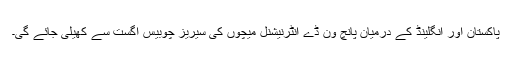
پاکستان اور انگلینڈ کے درمیان پانچ ون ڈے انٹرنیشنل میچوں کی سیریز چوبیس اگست سے کھیلی جائے گی۔